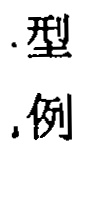
.型，例